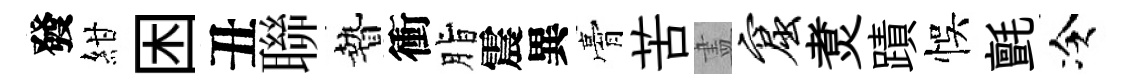
發紺困丑聯贄衝脂震異膏苦𥁞窟煑蹟悞氈冷